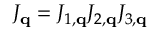
J _ { \mathbf { q } } = J _ { 1 , \mathbf { q } } J _ { 2 , \mathbf { q } } J _ { 3 , \mathbf { q } }